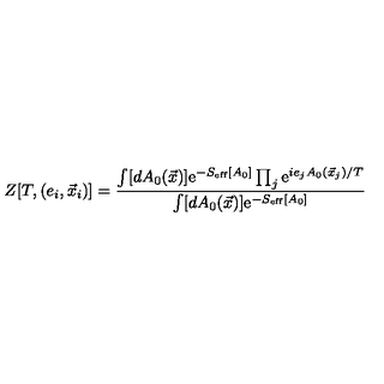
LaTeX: Z [ T , ( e _ { i } , \vec { x } _ { i } ) ] = \frac { \int [ d A _ { 0 } ( \vec { x } ) ] \mathrm { e } ^ { - S _ { \mathrm { e f f } } [ A _ { 0 } ] } \prod _ { j } \mathrm { e } ^ { i e _ { j } A _ { 0 } ( \vec { x } _ { j } ) / T } } { \int [ d A _ { 0 } ( \vec { x } ) ] \mathrm { e } ^ { - S _ { \mathrm { e f f } } [ A _ { 0 } ] } }